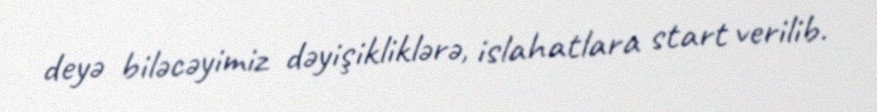
deyə biləcəyimiz dəyişikliklərə, islahatlara start verilib.